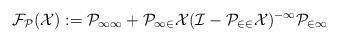
LaTeX: \begin{align*}\cal{F}_P(X):=P_{11}+P_{12}X(I-P_{22}X)^{-1}P_{21}\end{align*}